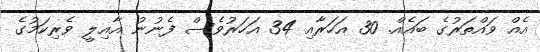
އެއް ވައްތަރުގެ ބައެއް. 30 އަހަރާއި 34 އަހަރުވެސް ފެނުނު އާއިލީ ވެރިކަމުގެ